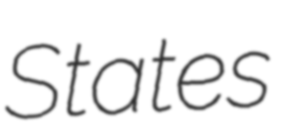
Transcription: States